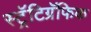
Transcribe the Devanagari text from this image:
स्ट्रॅटिग्रॅफिक